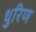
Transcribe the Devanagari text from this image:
धुरिण